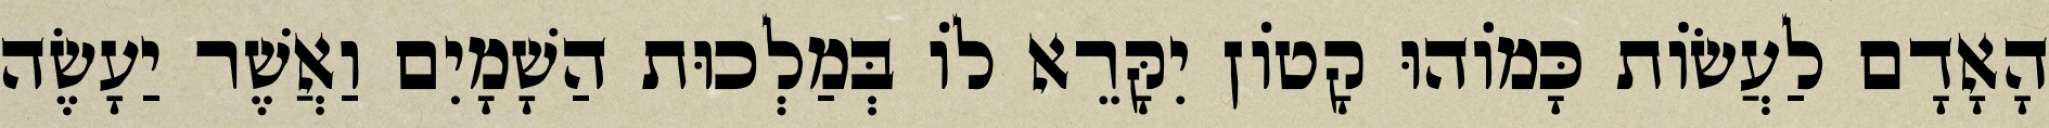
הָאָדָם לַעֲשׂוֹת כָּמוֹהוּ קָטוֹן יִקָּרֵא לוֹ בְּמַלְכוּת הַשָׁמָיִם וַאֲשֶׁר יַעָשֶׂה